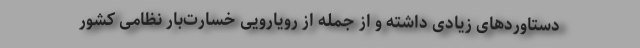
دستاوردهای زیادی داشته و از جمله از رویارویی خسارت‌بار نظامی کشور